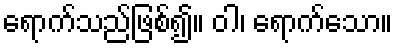
ရောက်သည်ဖြစ်၍။ ဝါ၊ ရောက်သော။